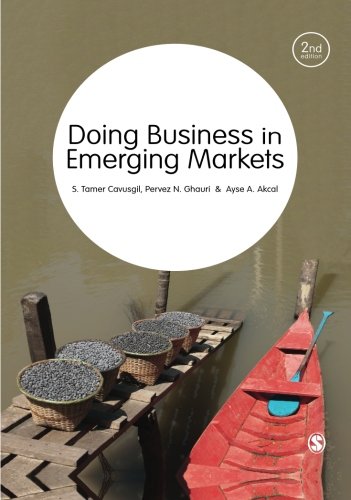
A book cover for Doing Business in Emerging Markets; S Tamer Cavusgil; Business & Money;